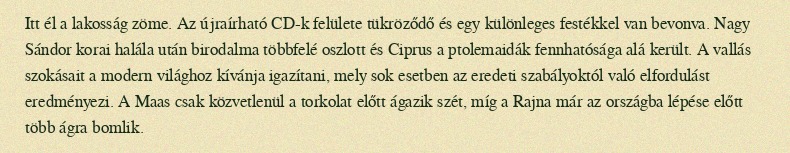
Itt él a lakosság zöme. Az újraírható CD-k felülete tükröződő és egy különleges festékkel van bevonva. Nagy Sándor korai halála után birodalma többfelé oszlott és Ciprus a ptolemaidák fennhatósága alá került. A vallás szokásait a modern világhoz kívánja igazítani, mely sok esetben az eredeti szabályoktól való elfordulást eredményezi. A Maas csak közvetlenül a torkolat előtt ágazik szét, míg a Rajna már az országba lépése előtt több ágra bomlik.